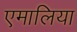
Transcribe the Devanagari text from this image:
एमालिया